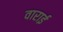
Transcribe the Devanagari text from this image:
वाराई